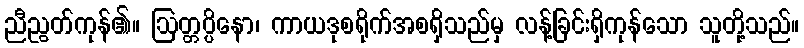
ညီညွတ်ကုန်၏။ ဩတ္တပ္ပိနော၊ ကာယဒုစရိုက်အစရှိသည်မှ လန့်ခြင်းရှိကုန်သော သူတို့သည်။